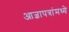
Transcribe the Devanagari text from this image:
आज्ञापत्रांमध्ये